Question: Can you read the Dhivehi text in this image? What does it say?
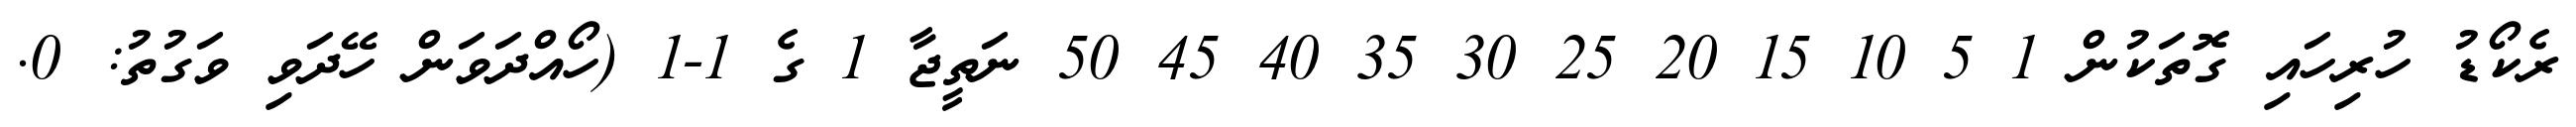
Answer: ރެކޯޑު ހުރިހައި ގޮތަކުން 1 5 10 15 20 25 30 35 40 45 50 ނަތީޖާ 1 ގެ 1-1 (ހޯއްދަވަން ހޭދަވި ވަގުތު: 0.